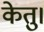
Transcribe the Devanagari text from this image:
केतु।